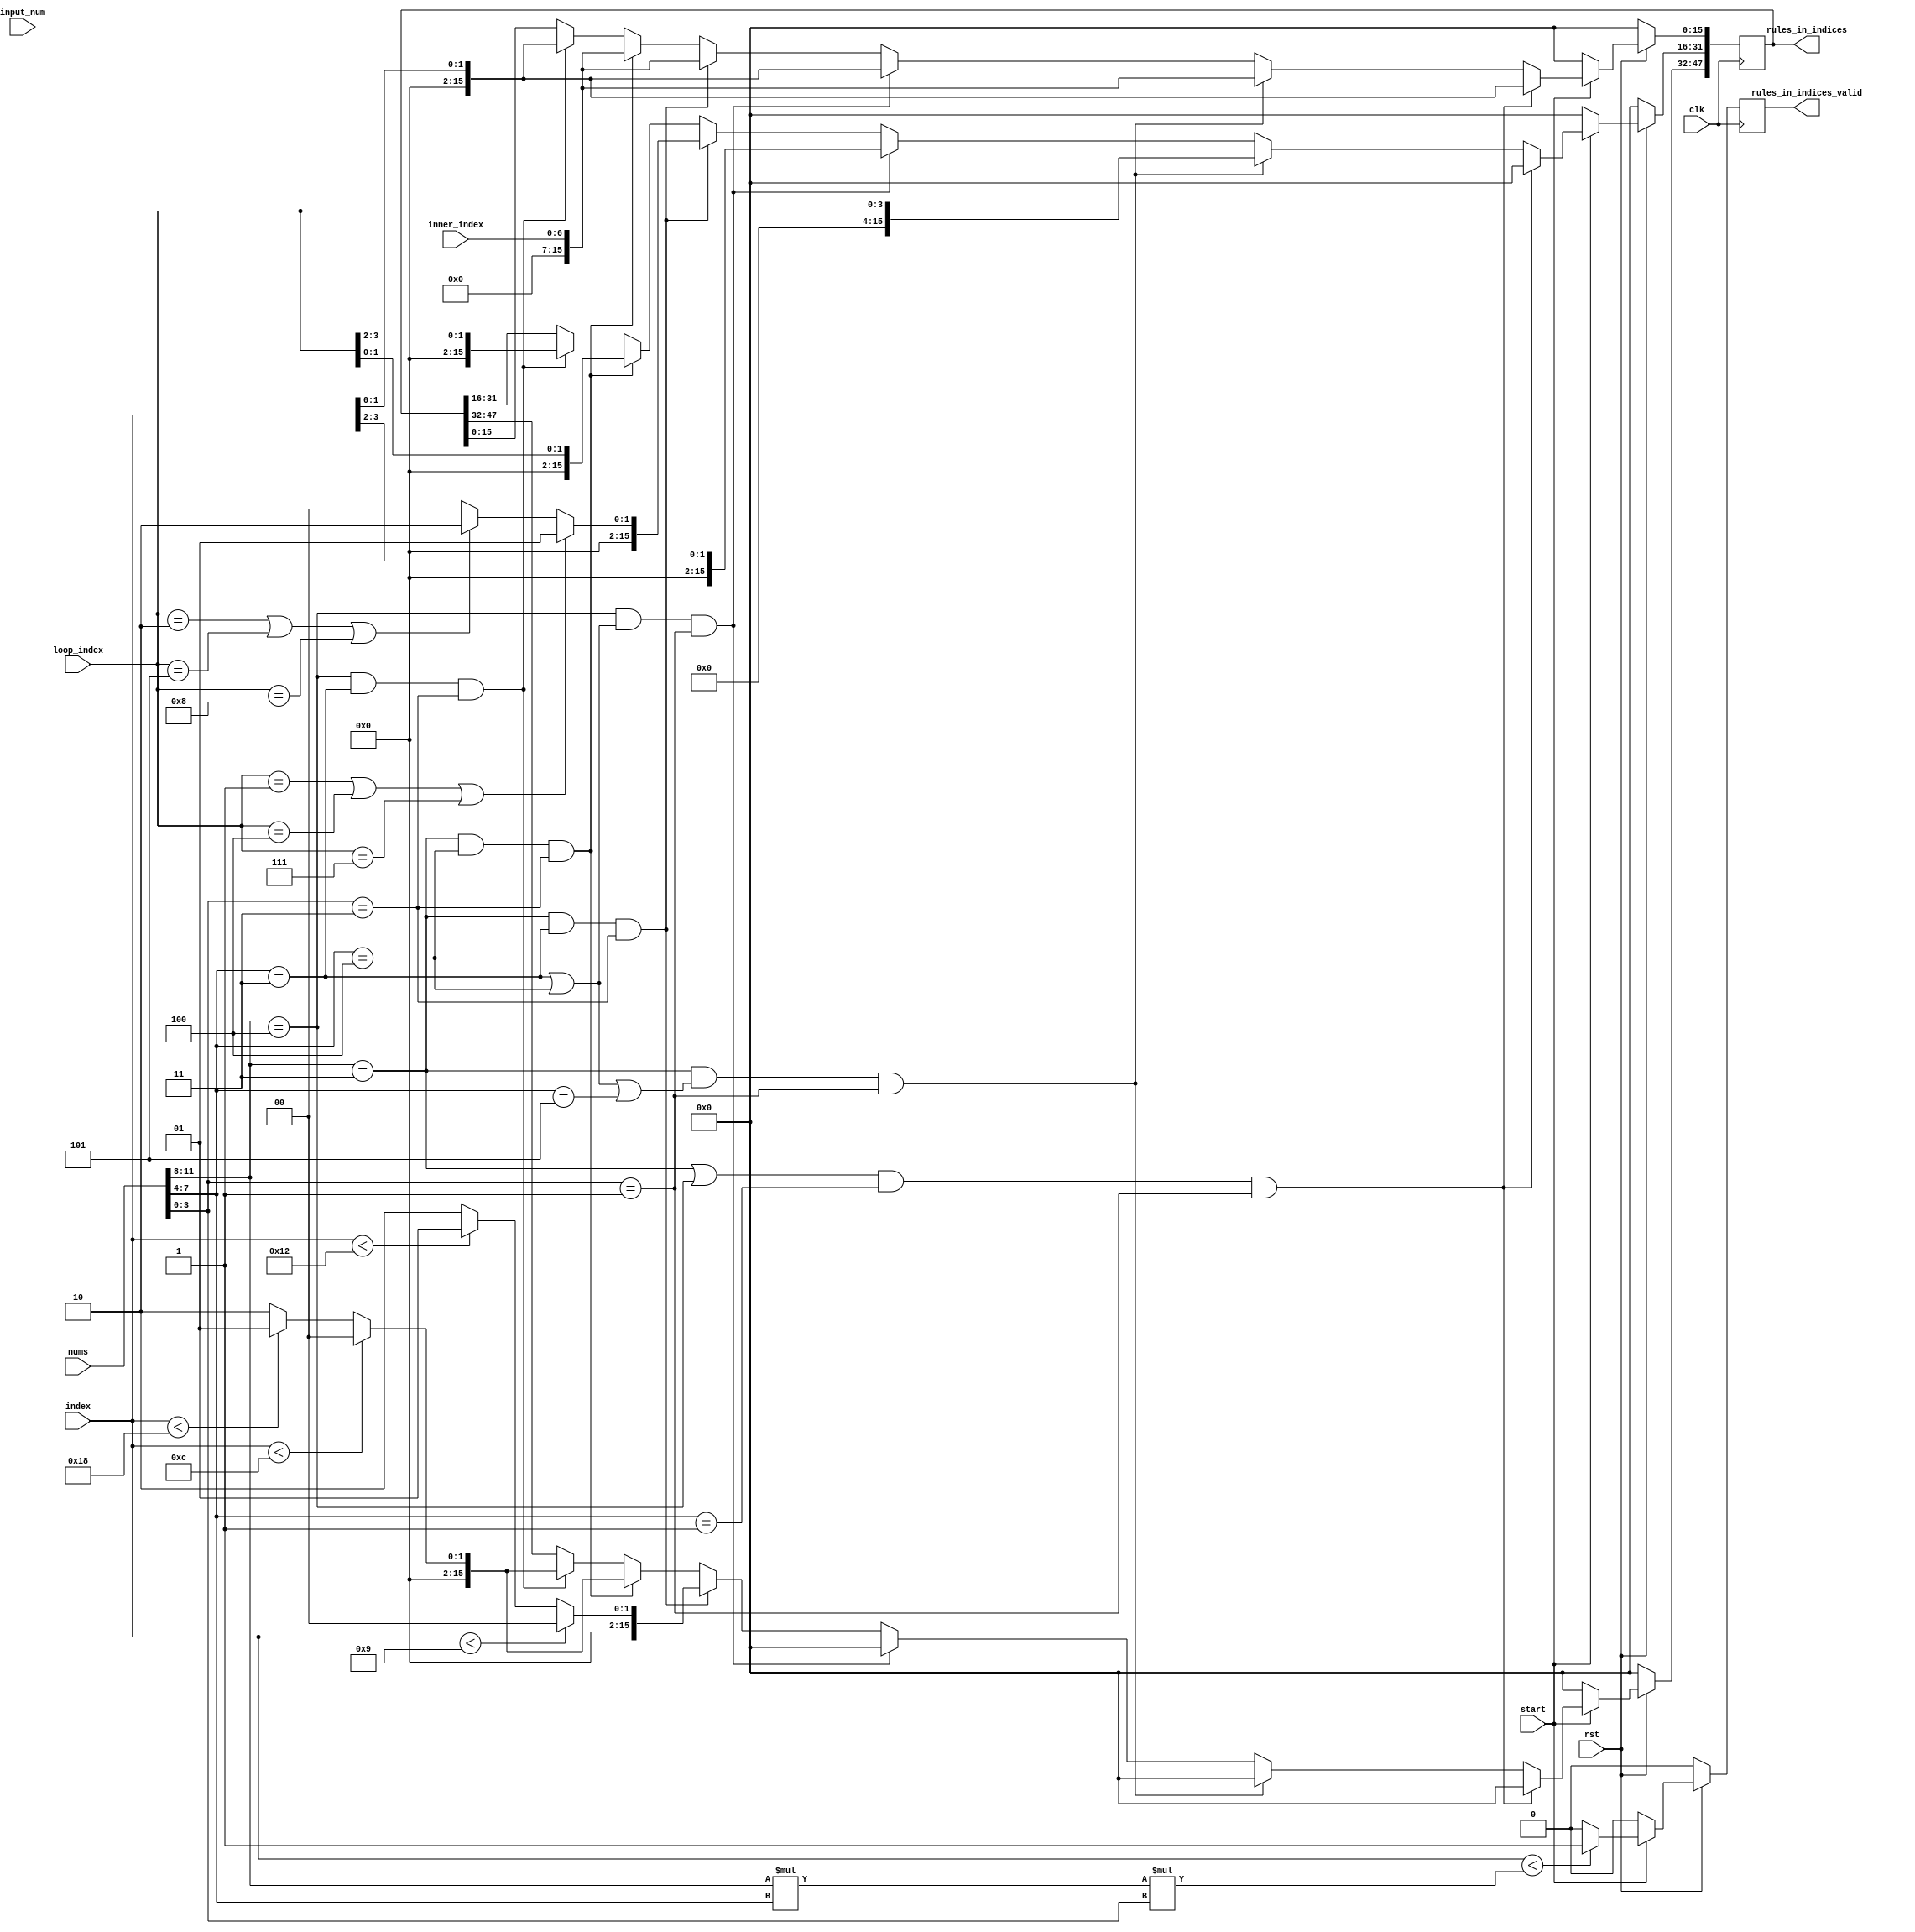
`timescale 1 ns / 1 ps

module SetRule(
	input wire                  clk,
	input wire                  rst,
	input wire                  start,
	input wire[15:0]            index,
	input wire[6:0]             inner_index,
	input wire[3:0]             loop_index,
	input wire[11:0]            nums,
	input wire[3:0]             input_num,
	output reg[47:0]            rules_in_indices,
	output reg                  rules_in_indices_valid
);
  
    always@(posedge clk)begin
    	if(~rst)begin
    		rules_in_indices <= 48'd0;
    		rules_in_indices_valid <= 1'b0;
    	end
    	else if(start) begin  		
    		if(((nums[11:8] == 4'd3) || (nums[11:8] == 4'd4)) && (nums[7:4] == 4'd1) && (nums[3:0] == 4'd1))  begin
    			rules_in_indices[15:0]   <= {14'd0,index[1:0]};
    			rules_in_indices[31:16]  <= 16'd0;
    			rules_in_indices[47:32]  <= 16'd0;
    		end
    		else if((nums[11:8] == 4'd3) && ((nums[7:4] == 4'd3) || (nums[7:4] == 4'd4) || (nums[7:4] == 4'd5)) && (nums[3:0] == 4'd1)) begin
    			rules_in_indices[15:0]   <= {10'd0,inner_index};
    			rules_in_indices[31:16]  <= {12'd0,loop_index};
    			rules_in_indices[47:32]  <= 16'd0;
    		end
    		else if((nums[11:8] == 4'd4) && ((nums[7:4] == 4'd3) || (nums[7:4] == 4'd4)) && (nums[3:0] == 4'd1))  begin
    			rules_in_indices[15:0]   <= {14'd0,index[1:0]};
    			rules_in_indices[31:16]  <= {14'd0,index[3:2]};
    			rules_in_indices[47:32]  <= 16'd0;
    		end
    		else if((nums[11:8] == 4'd3) && (nums[7:4] == 4'd3) && (nums[3:0] == 4'd3)) begin
    			rules_in_indices[15:0]   <= {10'd0,inner_index};
    			rules_in_indices[31:16]  <= ((loop_index == 4'd1) || (loop_index == 4'd4) || (loop_index == 4'd7)) ? 16'd1:(((loop_index == 4'd2) || (loop_index == 4'd5) || (loop_index == 4'd8)) ? 16'd2 : 16'd0);
    			rules_in_indices[47:32]  <= (index < 16'd9) ? 16'd0:((index < 16'd18) ? 16'd1 : 16'd2);
    		end
    		else if((nums[11:8] == 4'd3) && (nums[7:4] == 4'd4) && (nums[3:0] == 4'd3)) begin
    			rules_in_indices[15:0]   <= {10'd0,inner_index};
    			rules_in_indices[31:16]  <= {14'd0,loop_index[1:0]};
    			rules_in_indices[47:32]  <= (index < 16'd12) ? 16'd0:((index < 16'd24) ? 16'd1 : 16'd2);
    		end
    		else if((nums[11:8] == 4'd4) && (nums[7:4] == 4'd3) && (nums[3:0] == 4'd3)) begin
    			rules_in_indices[15:0]   <= {14'd0,index[1:0]};
    			rules_in_indices[31:16]  <= {14'd0,loop_index[3:2]};
    			rules_in_indices[47:32]  <= (index < 16'd12) ? 16'd0:((index < 16'd24) ? 16'd1 : 16'd2);
    		end  				
    		if(index < (nums[11:8] * nums[7:4] * nums[3:0]))  		
    			rules_in_indices_valid <= 1'b1;
    		else
    			rules_in_indices_valid <= 1'b0;
    	end
        else begin
    		rules_in_indices <= 48'd0;
    		rules_in_indices_valid <= 1'b0;
    	end
    end
    
endmodule